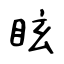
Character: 眩